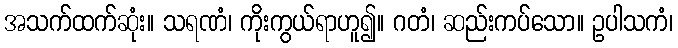
အသက်ထက်ဆုံး။ သရဏံ၊ ကိုးကွယ်ရာဟူ၍။ ဂတံ၊ ဆည်းကပ်သော။ ဥပါသကံ၊